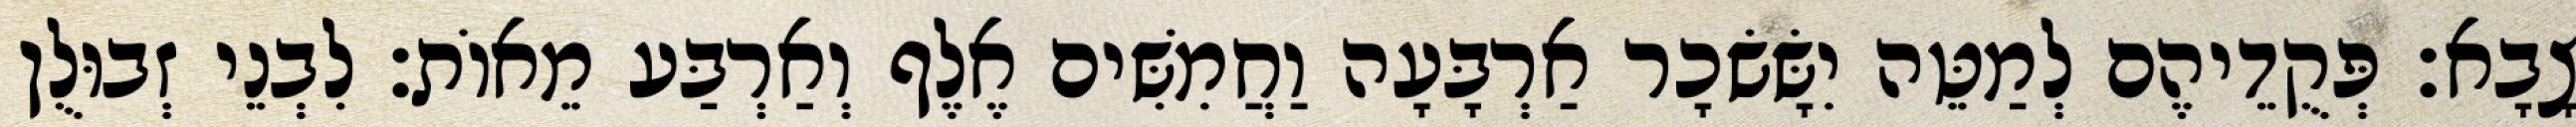
צָבָא׃ פְּקֻדֵיהֶם לְמַטֵּה יִשָּׂשׂכָר אַרְבָּעָה וַחֲמִשִּׁים אֶלֶף וְאַרְבַּע מֵאוֹת׃ לִבְנֵי זְבוּלֻן